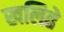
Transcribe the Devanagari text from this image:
खलिते